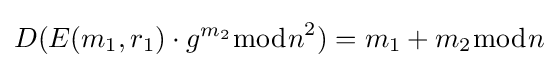
D(E(m_{1},r_{1})\cdot g^{m_{2}}{\bmod {n}}^{2})=m_{1}+m_{2}{\bmod {n}}